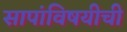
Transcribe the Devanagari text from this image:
सापांविषयीची